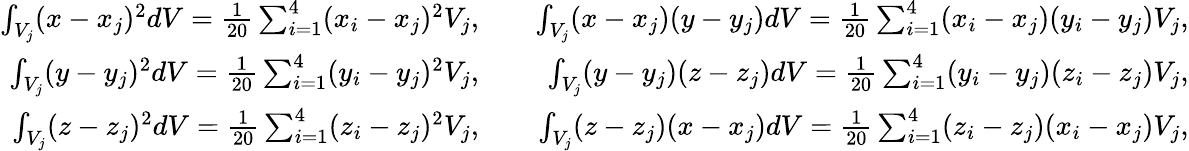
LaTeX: \begin{array}{rlr}{\int_{V_{j}}(x-x_{j})^{2}dV=\frac{1}{20}\sum_{i=1}^{4}(x_{i}-x_{j})^{2}V_{j},}&{{}}&{\int_{V_{j}}(x-x_{j})(y-y_{j})dV=\frac{1}{20}\sum_{i=1}^{4}(x_{i}-x_{j})(y_{i}-y_{j})V_{j},}\\ {\int_{V_{j}}(y-y_{j})^{2}dV=\frac{1}{20}\sum_{i=1}^{4}(y_{i}-y_{j})^{2}V_{j},}&{{}}&{\int_{V_{j}}(y-y_{j})(z-z_{j})dV=\frac{1}{20}\sum_{i=1}^{4}(y_{i}-y_{j})(z_{i}-z_{j})V_{j},}\\ {\int_{V_{j}}(z-z_{j})^{2}dV=\frac{1}{20}\sum_{i=1}^{4}(z_{i}-z_{j})^{2}V_{j},}&{{}}&{\int_{V_{j}}(z-z_{j})(x-x_{j})dV=\frac{1}{20}\sum_{i=1}^{4}(z_{i}-z_{j})(x_{i}-x_{j})V_{j},}\end{array}